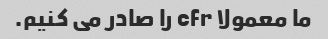
ما معمولا cfr را صادر می کنیم.